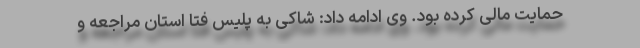
حمایت مالی کرده بود. وی ادامه داد: شاکی به پلیس فتا استان مراجعه و